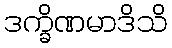
ဒက္ခိဏမာဒိသိ